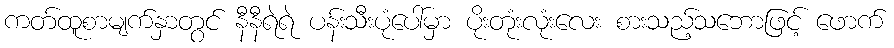
ကတ်ထူစာမျက်နှာတွင် နီနီရဲရဲ ပန်းသီးပုံပေါ်မှာ ပိုးတုံးလုံးလေး စားသည့်သဘောဖြင့် ဖောက်